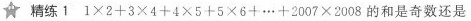
☆ 精练1 $$1 \times 2 + 3 \times 4 + 4 \times 5 + 5 \times 6 + … + 2 0 0 7 \times 2 0 0 8$$的和是奇数还是